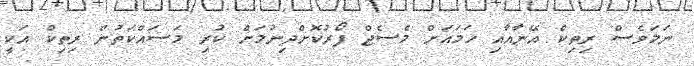
ނަމަވެސް ރިތިކް އޭނާއާއި ހަމައަށް މެސެޖް ފޯރުކޮށްދިނުމަށް ކުރި މަސައްކަތުން ރިތިކް އަކީ